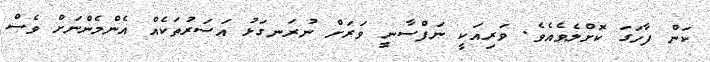
ކަން ފާހަގަ ކޮށްލެވެއެވެ. ވަރިއަކީ ނަފްސާނީ ވަރަށް ނުރަނގަޅު އަސަރުތަކެއް އެންމެންނަށް ވެސް